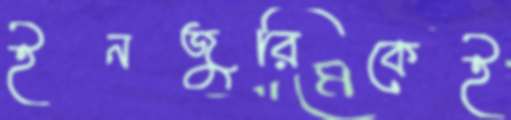
ইনজুরিকেই